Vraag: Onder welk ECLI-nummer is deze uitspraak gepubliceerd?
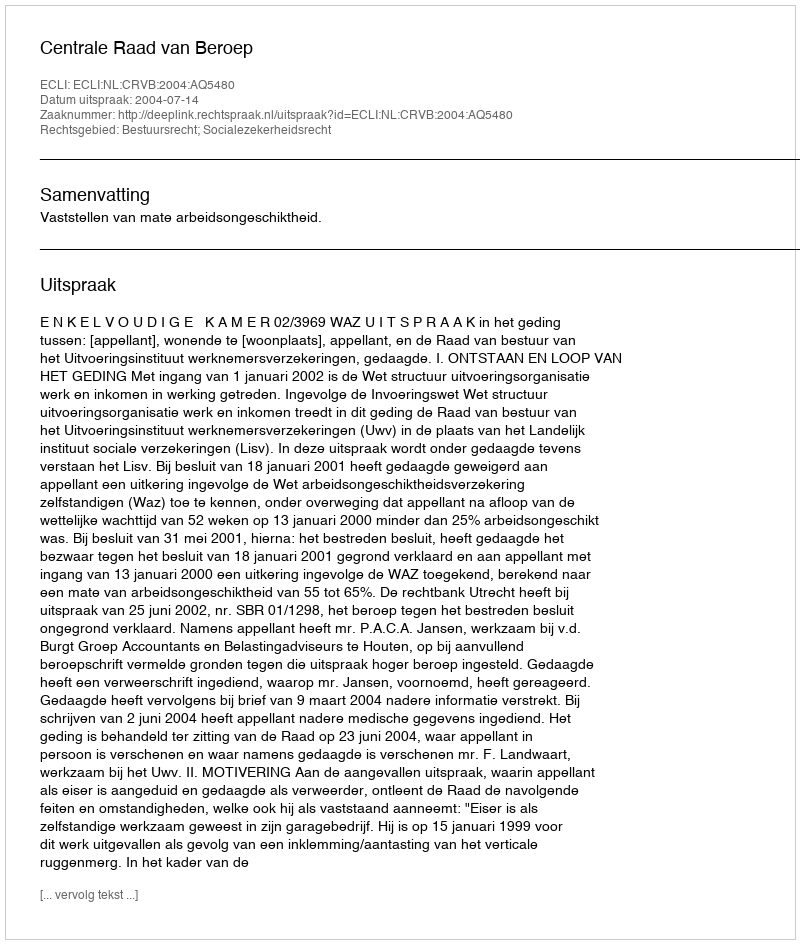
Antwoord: ECLI:NL:CRVB:2004:AQ5480